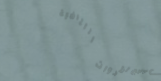
محل بيع الأدوات الرياضية